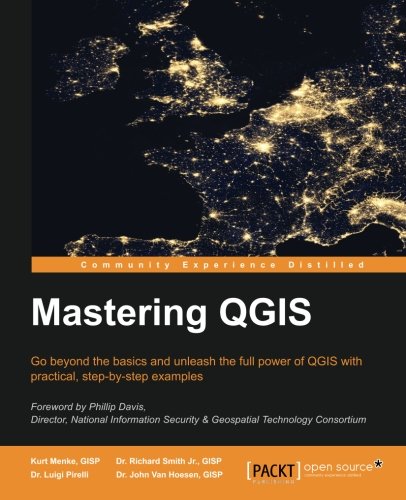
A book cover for Mastering QGIS; Kurt Menke, GISP; Computers & Technology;